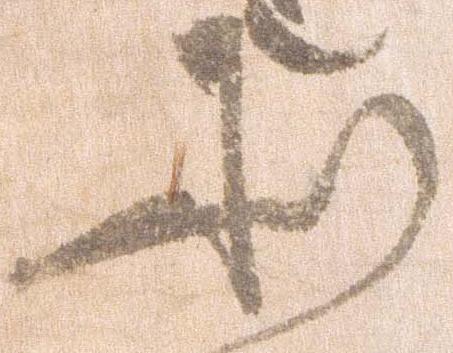
そ